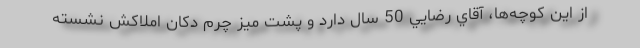
از اين كوچه‌ها، آقاي رضايي 50 سال دارد و پشت ميز چرم دكان املاكش نشسته